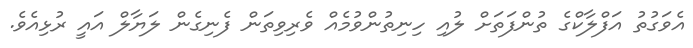
އެވަގުތު އަފްލާކްގެ ތުންފަތަށް ލުއި ހިނިތުންވުމެއް ވެރިވިތަން ފެނިގެން ލަޔާލް އައީ ރުޅިއެވެ.